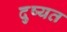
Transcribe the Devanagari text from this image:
दुष्यत